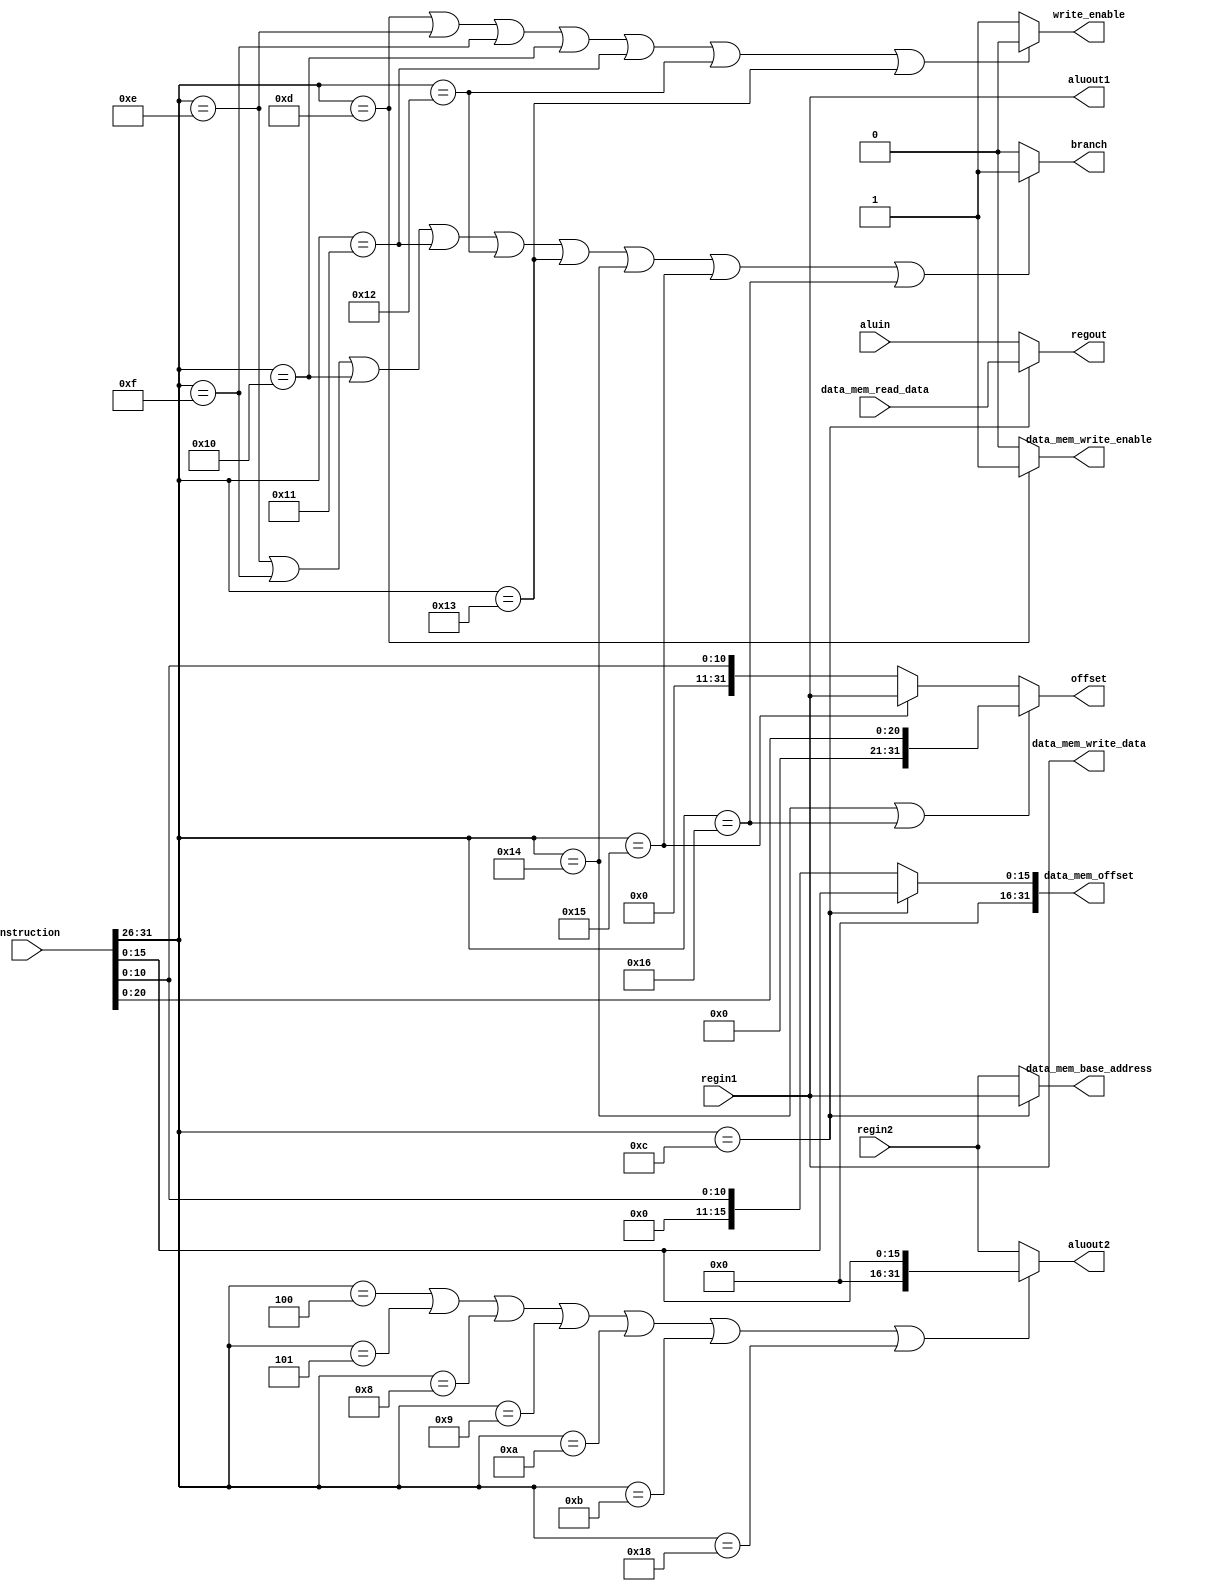
module control_unit(instruction, regin1, regin2, regout, write_enable, aluout1, aluout2, aluin,branch,offset,  data_mem_write_enable, data_mem_base_address, data_mem_offset, data_mem_read_data, data_mem_write_data);

    input [31:0] instruction;
    input [31:0] regin1;
    input [31:0] regin2;
    input [31:0] data_mem_read_data;
    input [31:0] aluin;

    output [31:0] aluout1;
    output [31:0] aluout2;
    output branch;
    output write_enable;
    output [31:0] offset;
    output data_mem_write_enable;
    output [31:0] data_mem_base_address;
    output [31:0] data_mem_offset;
    output [31:0] data_mem_write_data;
    output [31:0] regout;


    wire [5:0]x = instruction[31:26];

    assign aluout1=regin1;
    assign aluout2=(x==4 || x==5 || x==8 || x==9 || x==10 || x==11 || x==24)?instruction[15:0]:regin2;
    assign offset=(x==20 || x==22)?instruction[20:0]:((x==21)?regin1: instruction[10:0]);//note this offset is not suitable for all jump operations
    assign regout=(x==12)?data_mem_read_data: aluin;
    assign data_mem_base_address=(x==12)?regin1:regin2;
    assign data_mem_write_data=regin1;
    assign data_mem_offset=x==12?instruction[15:0]: instruction[10:0];
    assign branch=( x==14 || x==15 || x==16 || x==17 || x==18 || x==19 || x==20 || x==21 || x==22)?1:0;
    assign write_enable=(x==13 || x==14 || x==15 || x==16 || x==17 || x==18 || x==19)?0:1;
    assign data_mem_write_enable=(x==13)?1:0;



endmodule